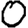
Digit: 0